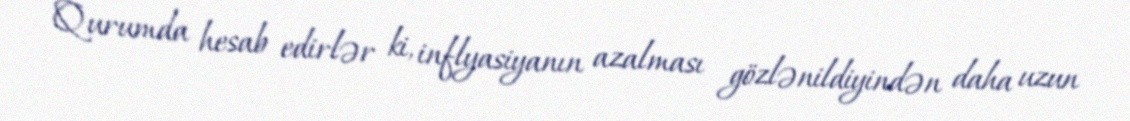
Qurumda hesab edirlər ki, inflyasiyanın azalması gözlənildiyindən daha uzun